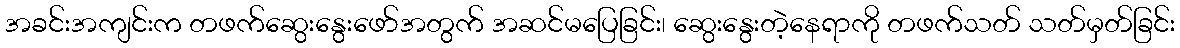
အခင်းအကျင်းက တဖက်ဆွေးနွေးဖော်အတွက် အဆင်မပြေခြင်း၊ ဆွေးနွေးတဲ့နေရာကို တဖက်သတ် သတ်မှတ်ခြင်း